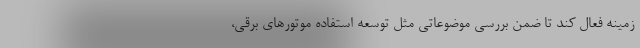
زمینه فعال کند تا ضمن بررسی موضوعاتی مثل توسعه استفاده موتورهای برقی،